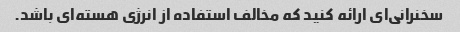
سخنرانی‌ای ارائه کنید که مخالف استفاده از انرژی هسته‌ای باشد.